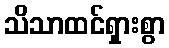
သိသာထင်ရှားစွာ